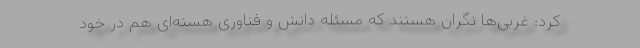
کرد: غربی‌ها نگران هستند که مسئله دانش و فناوری هسته‌ای هم در خود